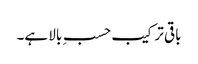
باقی ترکیب حسبِ بالا ہے۔